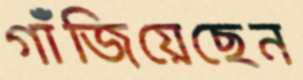
গাঁজিয়েছেন